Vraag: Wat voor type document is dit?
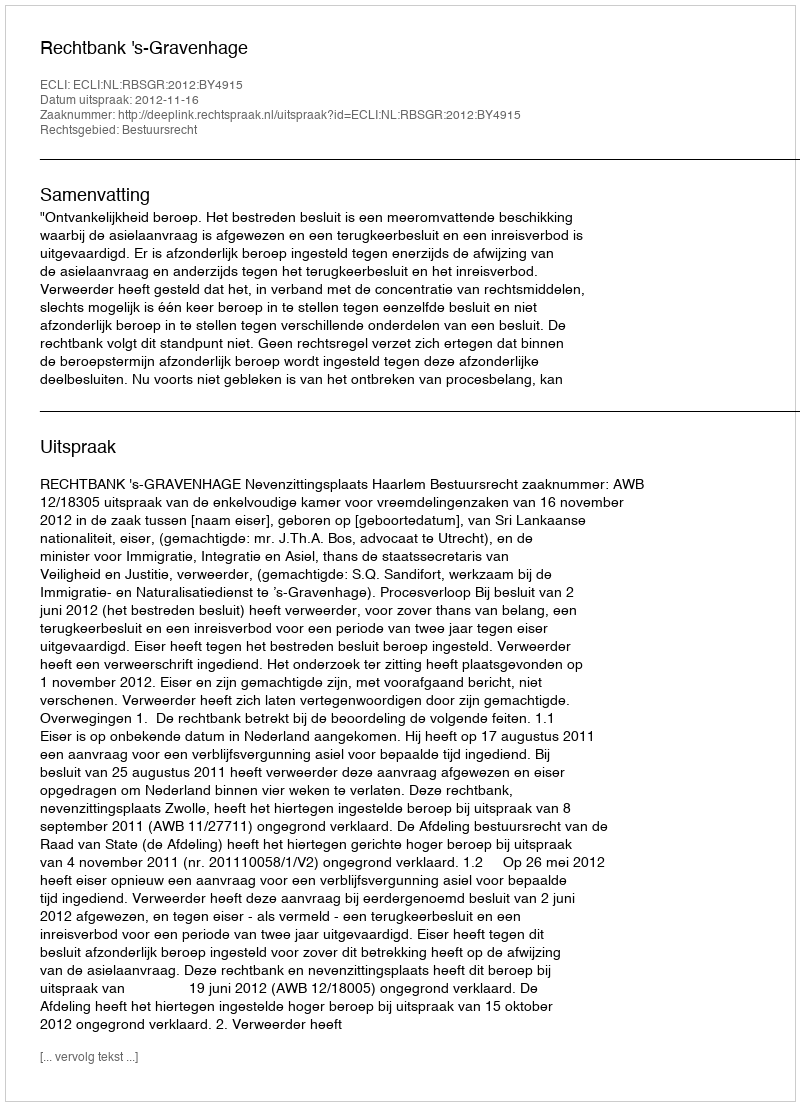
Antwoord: Uitspraak